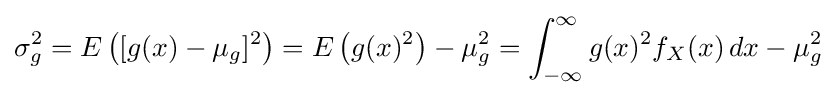
\sigma _{g}^{2}=E\left([g(x)-\mu _{g}]^{2}\right)=E\left(g(x)^{2}\right)-\mu _{g}^{2}=\int _{-\infty }^{\infty }g(x)^{2}f_{X}(x)\,dx-\mu _{g}^{2}